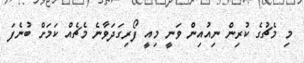
މި މެޗުގެ ކުރިން ނިއުއިން ވަނީ މިއީ ފޯރިގަދަވާނެ މެޗެއް ކަމަށް ބުނެފަ